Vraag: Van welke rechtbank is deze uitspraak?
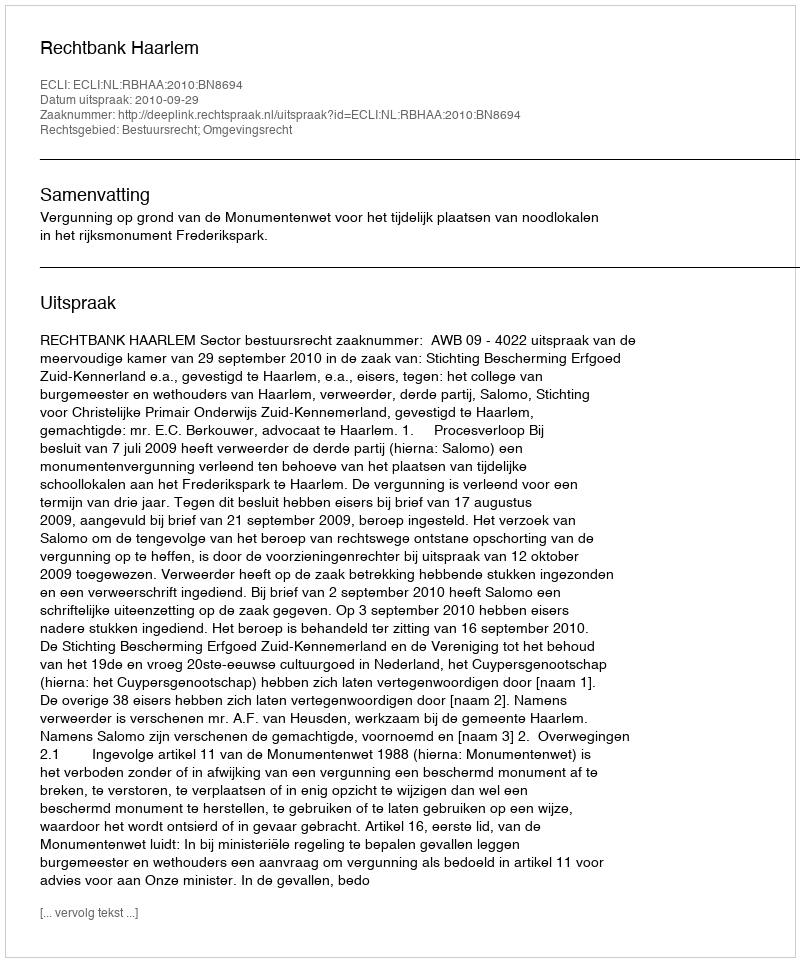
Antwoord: Rechtbank Haarlem